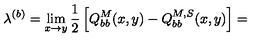
\lambda ^ { ( b ) } = \lim _ { x \rightarrow y } \frac { 1 } { 2 } \left[ Q _ { b b } ^ { M } ( x , y ) - Q _ { b b } ^ { M , S } ( x , y ) \right] =